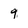
Character: 9